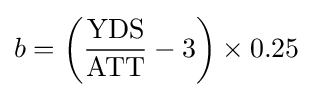
b=\left({{\text{YDS}} \over {\text{ATT}}}-3\right)\times 0.25